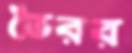
ভৈরর